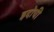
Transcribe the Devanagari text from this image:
इदोची